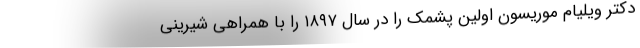
دکتر ویلیام موریسون اولین پشمک را در سال ۱۸۹۷ را با همراهی شیرینی